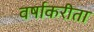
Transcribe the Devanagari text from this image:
वर्षाकरीता